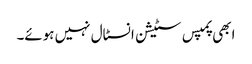
ابھی پمپس سٹیشن انسٹال نہیں ہوئے۔